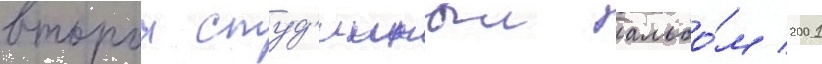
второи студ'ииныи альбо́м 2001